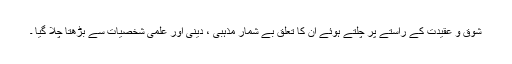
شوق و عقیدت کے راستے پر چلتے ہوئے ان کا تعلق بے شمار مذہبی ، دینی اور علمی شخصیات سے بڑھتا چلا گیا ۔